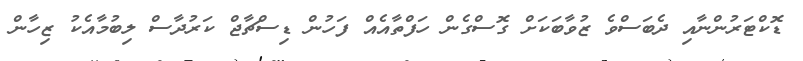
ޑޮކްޓަރުންނާއި ދެބަސްވެ ޒުވާބަކަށް ގޮސްގެން ހަފްތާއެއް ފަހުން ޑިސްޗާޖް ކަރުދާސް ލިބުމާއެކު ޒިހާން